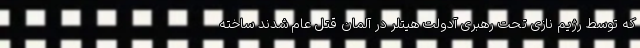
که توسط رژیم نازی تحت رهبری آدولت هیتلر در آلمان قتل عام شدند ساخته